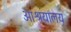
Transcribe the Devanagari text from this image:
आश्रयालय